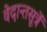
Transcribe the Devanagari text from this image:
वेदान्तसूत्रें